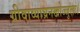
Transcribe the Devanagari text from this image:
ग्रीवाव्याघ्रनखोज्जुलः।